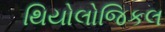
થિયોલોજિકલ